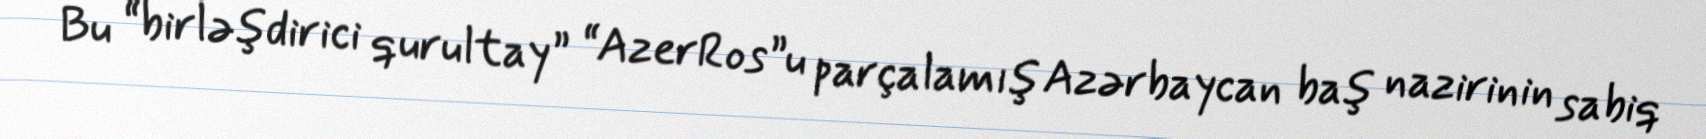
Bu “birləşdirici qurultay” “AzerRos”u parçalamış Azərbaycan baş nazirinin sabiq